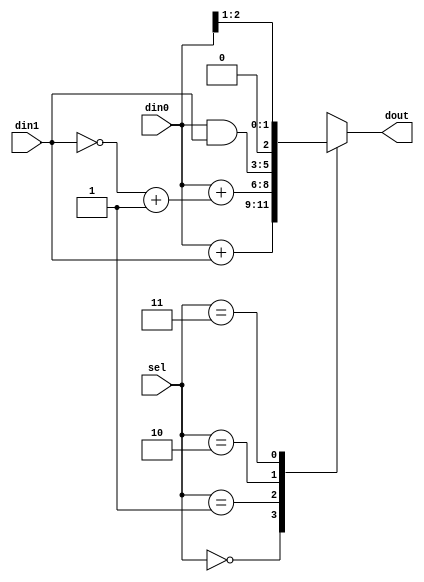
module hw_case(
    din0,
    din1,
    sel,
    dout
);

input [2:0] din0;
input [2:0] din1;
input [1:0] sel;

output reg [2:0] dout;

always @(sel or din0 or din1) begin
    case(sel)
        2'b00 : dout = din0 + din1;

        2'b01 : dout = din0 + (~din1 + 3'b001);

        2'b10 : dout = din0 & din1;

        2'b11 : dout = {1'b0, din0[2:1]};

        default begin
            dout = 3'b0;
        end

    endcase
end

endmodule